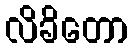
လိခိတော